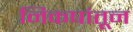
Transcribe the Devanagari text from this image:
निकषांतून